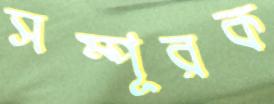
সম্পূরক